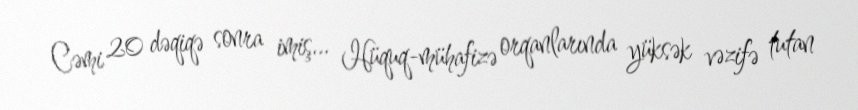
Cəmi 20 dəqiqə sonra imiş... Hüquq-mühafizə orqanlarında yüksək vəzifə tutan